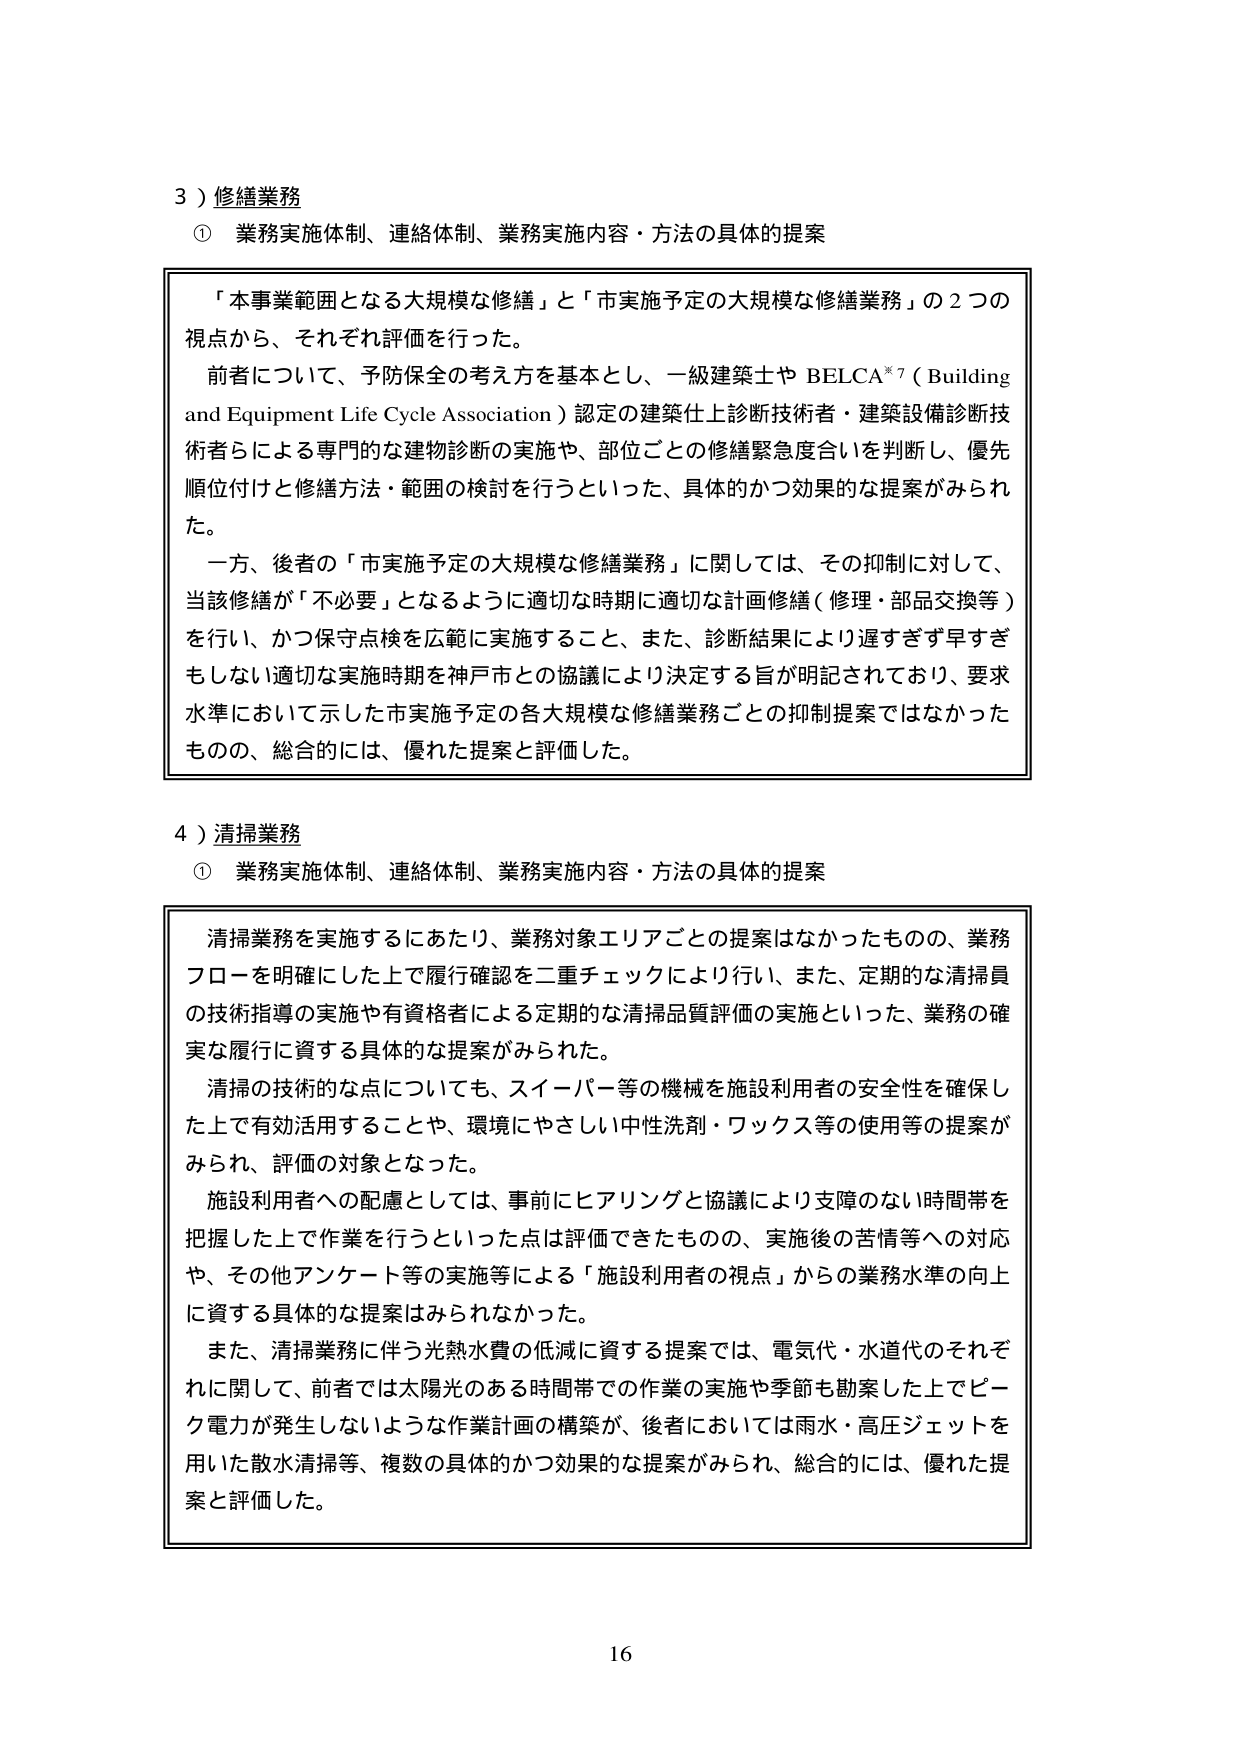
3）修繕業務
① 業務実施体制、連絡体制、業務実施内容・方法の具体的提案

「本事業範囲となる大規模な修繕」と「市実施予定の大規模な修繕業務」の2つの視点から、それぞれ評価を行った。
前者について、予防保全の考え方を基本とし、一級建築士や BELCA*7（Building and Equipment Life Cycle Association）認定の建築仕上診断技術者・建築設備診断技術者らによる専門的な建物診断の実施や、部位ごとの修繕緊急度合いを判断し、優先順位付けと修繕方法・範囲の検討を行うといった、具体的かつ効果的な提案がみられた。
一方、後者の「市実施予定の大規模な修繕業務」に関しては、その抑制に対して、当該修繕が「不必要」となるように適切な時期に適切な計画修繕（修理・部品交換等）を行い、かつ保守点検を広範に実施すること、また、診断結果により遅すぎず早すぎもしない適切な実施時期を神戸市との協議により決定する旨が明記されており、要求水準において示した市実施予定の各大規模な修繕業務ごとの抑制提案ではなかったものの、総合的には、優れた提案と評価した。

4）清掃業務
① 業務実施体制、連絡体制、業務実施内容・方法の具体的提案

清掃業務を実施するにあたり、業務対象エリアごとの提案はなかったものの、業務フローを明確にした上で履行確認を二重チェックにより行い、また、定期的な清掃員の技術指導の実施や有資格者による定期的な清掃品質評価の実施といった、業務の確実な履行に資する具体的な提案がみられた。
清掃の技術的な点についても、スイーパー等の機械を施設利用者の安全性を確保した上で有効活用することや、環境にやさしい中性洗剤・ワックス等の使用等の提案がみられ、評価の対象となった。
施設利用者への配慮としては、事前にヒアリングと協議により支障のない時間帯を把握した上で作業を行うといった点は評価できたものの、実施後の苦情等への対応や、その他アンケート等の実施等による「施設利用者の視点」からの業務水準の向上に資する具体的な提案はみられなかった。
また、清掃業務に伴う光熱水費の低減に資する提案では、電気代・水道代のそれぞれに関して、前者では太陽光のある時間帯での作業の実施や季節も勘案した上でピーク電力が発生しないような作業計画の構築が、後者においては雨水・高圧ジェットを用いた散水清掃等、複数の具体的かつ効果的な提案がみられ、総合的には、優れた提案と評価した。

16